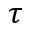
\tau